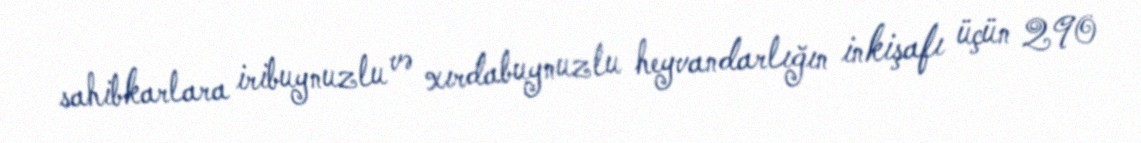
sahibkarlara iribuynuzlu və xırdabuynuzlu heyvandarlığın inkişafı üçün 290